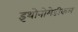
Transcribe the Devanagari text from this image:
इथोनोमेडीकल